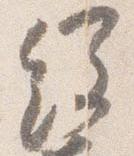
経